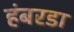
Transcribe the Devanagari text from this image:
हंबरडा